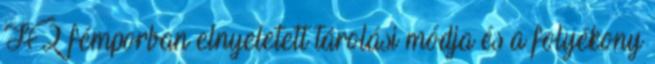
H 2 fémporban elnyeletett tárolási módja és a folyékony